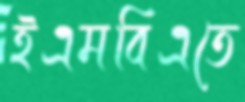
ইএমবিএতে